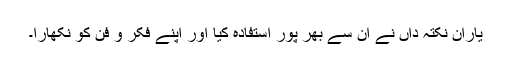
یاران نکتہ داں نے ان سے بھر پور استفادہ کیا اور اپنے فکر و فن کو نکھارا۔